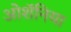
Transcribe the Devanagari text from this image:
ओशॅनिया